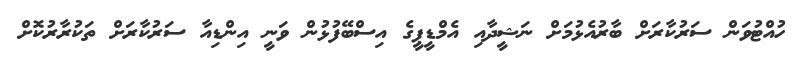
ހުއްޓުވަން ސަރުކާރަށް ބާރުއެޅުމަށް ނަޝީދާއި އެމްޑީޕީގެ އިސްބޭފުޅުން ވަނީ އިންޑިއާ ސަރުކާރަށް ތަކުރާރުކޮށް